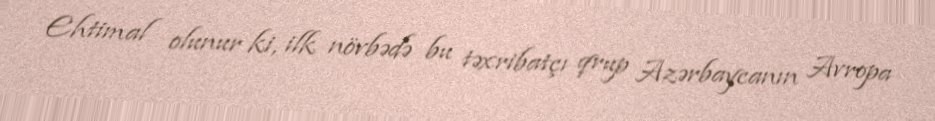
Ehtimal olunur ki, ilk növbədə bu təxribatçı qrup Azərbaycanın Avropa